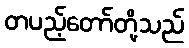
တပည့်တော်တို့သည်